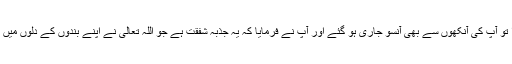
رسول اللہ صلی اللہ علیہ وسلم کی گود میں آپ کے نواسہ کا انتقال ہوا تو آپ کی آنکھوں سے بھی آنسو جاری ہو گئے اور آپ نے فرمایا کہ یہ جذبہ شفقت ہے جو اللہ تعالیٰ نے اپنے بندوں کے دلوں میں رکھا ہے اور اللہ تعالیٰ اپنے رحم دل بندوں ہی پر رحمت فرماتا ہے۔